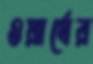
ওয়ার্থের